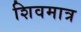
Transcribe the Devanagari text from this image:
शिवमात्र